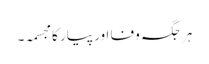
ہر جگہ وفا اور پیار کا مجسمہ۔